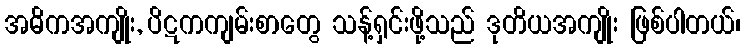
အဓိကအကျိုး, ပိဋကကျမ်းစာတွေ သန့်ရှင်းဖို့သည် ဒုတိယအကျိုး ဖြစ်ပါတယ်၊